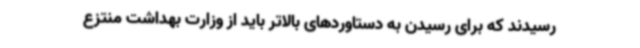
رسیدند که برای رسیدن به دستاوردهای بالاتر باید از وزارت بهداشت منتزع